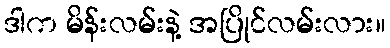
ဒါက မိန်းလမ်းနဲ့ အပြိုင်လမ်းလား။